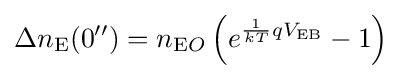
\Delta n_{\text{E}}(0'')=n_{{\text{E}}O}\left(e^{{\frac {1}{kT}}qV_{\text{EB}}}-1\right)